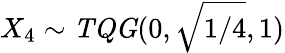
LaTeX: X_{4}\sim\mathit{TQG}(0,\sqrt{{1}/{4}},1)